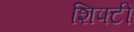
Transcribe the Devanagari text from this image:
शिफ्टी